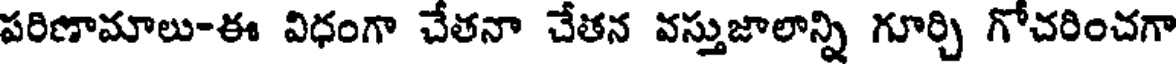
పరిణామాలు-ఈ విధంగా చేతనా చేతన వస్తుజాలాన్ని గూర్చి గోచరించగా